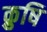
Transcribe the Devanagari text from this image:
क्रुषि